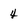
Character: 4